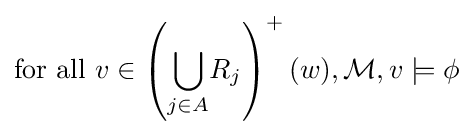
{\textrm {for~all~}}v\in \left({\underset {j\in A}{\bigcup }}R_{j}\right)^{+}(w),{\mathcal {M}},v\models \phi